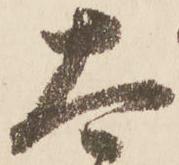
太